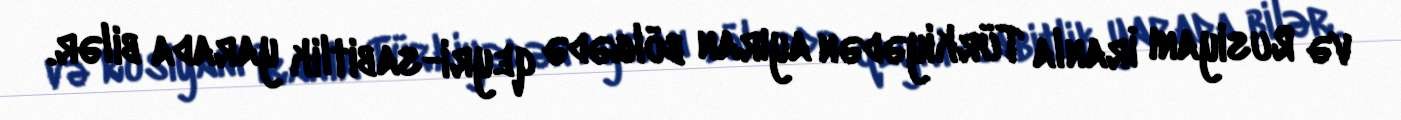
və Rusiyanı İranla Türkiyədən ayıran bölgədə qeyri-sabitlik yarada bilər.